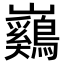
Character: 𡿙